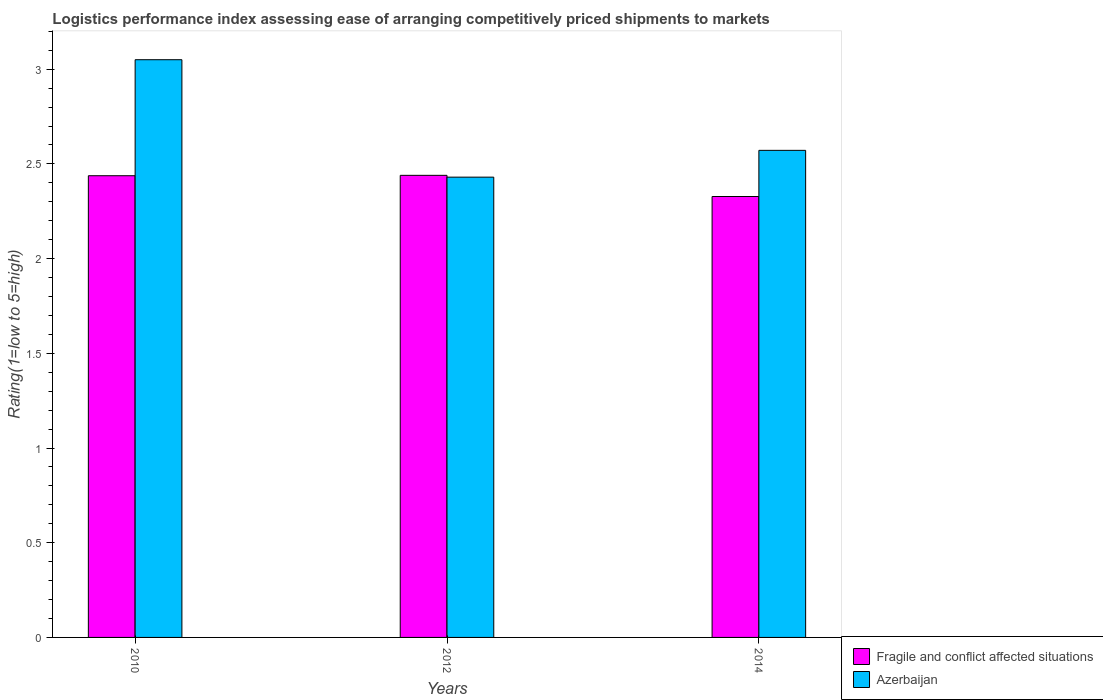
| Years | Fragile and conflict affected situations | Azerbaijan |
 | --- | --- | --- |
 | 2010 | 2.44 | 3.05 |
 | 2012 | 2.44 | 2.43 |
 | 2014 | 2.33 | 2.57 |